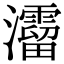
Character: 𤄐